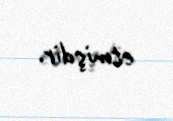
etmişdir.